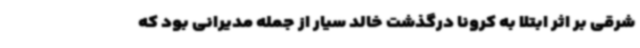
شرقی بر اثر ابتلا به کرونا درگذشت خالد سیار از جمله مدیرانی بود که